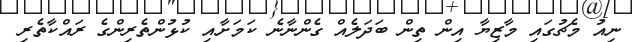
ނިއު މެޗުގައި މާޒިޔާ އިން ތިން ބަދަލެއް ގެންނާނެ ކަމަށާއި ކުޅުންތެރިންގެ ރައްކާތެރި